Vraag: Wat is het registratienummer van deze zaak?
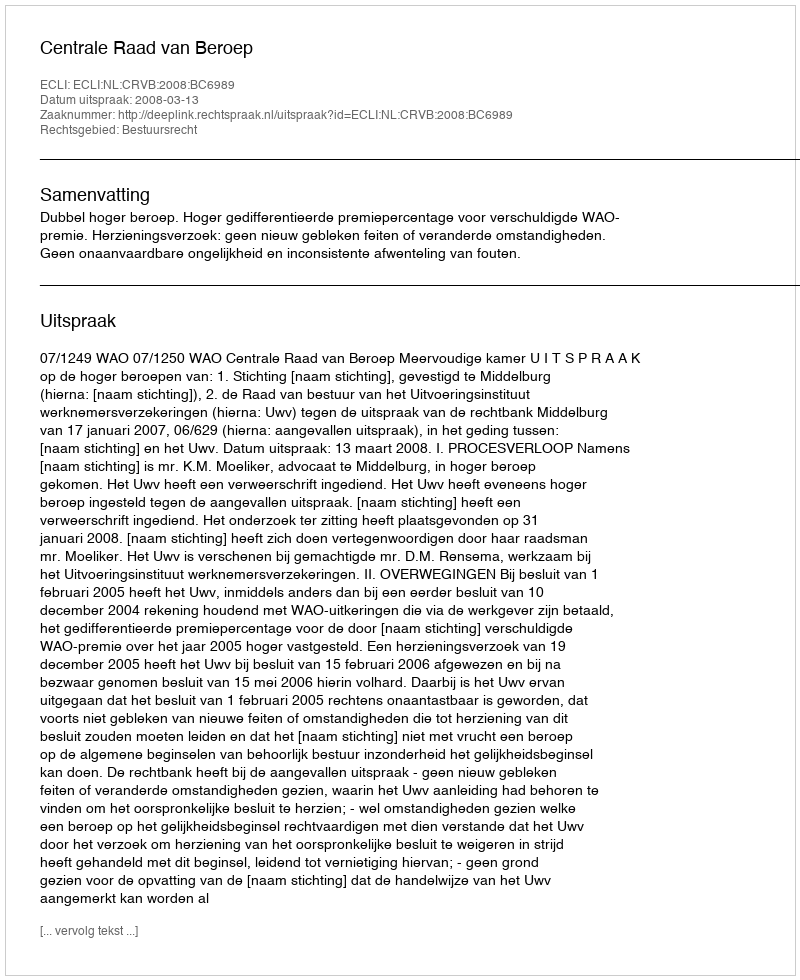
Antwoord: http://deeplink.rechtspraak.nl/uitspraak?id=ECLI:NL:CRVB:2008:BC6989